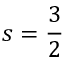
s = \frac { 3 } { 2 }